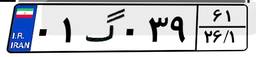
۰۱گ۰۳۹۶۱